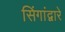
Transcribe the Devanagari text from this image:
सिंगांद्वारे